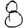
Digit: 8